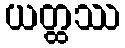
ယတ္ထဿ